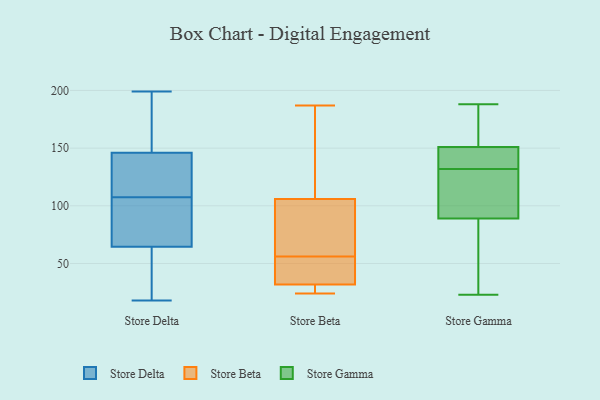
{"axis": {"x": "Headcount", "y": "Value"}, "legend": ["Store Beta", "Store Delta", "Store Gamma"], "data": [{"x": "", "y": 88, "type": "Store Delta"}, {"x": "", "y": 25, "type": "Store Delta"}, {"x": "", "y": 76, "type": "Store Delta"}, {"x": "", "y": 89, "type": "Store Delta"}, {"x": "", "y": 102, "type": "Store Delta"}, {"x": "", "y": 199, "type": "Store Delta"}, {"x": "", "y": 140, "type": "Store Delta"}, {"x": "", "y": 113, "type": "Store Delta"}, {"x": "", "y": 133, "type": "Store Delta"}, {"x": "", "y": 152, "type": "Store Delta"}, {"x": "", "y": 191, "type": "Store Delta"}, {"x": "", "y": 139, "type": "Store Delta"}, {"x": "", "y": 186, "type": "Store Delta"}, {"x": "", "y": 29, "type": "Store Delta"}, {"x": "", "y": 18, "type": "Store Delta"}, {"x": "", "y": 53, "type": "Store Delta"}, {"x": "", "y": 26, "type": "Store Beta"}, {"x": "", "y": 109, "type": "Store Beta"}, {"x": "", "y": 24, "type": "Store Beta"}, {"x": "", "y": 106, "type": "Store Beta"}, {"x": "", "y": 106, "type": "Store Beta"}, {"x": "", "y": 46, "type": "Store Beta"}, {"x": "", "y": 125, "type": "Store Beta"}, {"x": "", "y": 26, "type": "Store Beta"}, {"x": "", "y": 51, "type": "Store Beta"}, {"x": "", "y": 55, "type": "Store Beta"}, {"x": "", "y": 74, "type": "Store Beta"}, {"x": "", "y": 76, "type": "Store Beta"}, {"x": "", "y": 27, "type": "Store Beta"}, {"x": "", "y": 187, "type": "Store Beta"}, {"x": "", "y": 56, "type": "Store Beta"}, {"x": "", "y": 127, "type": "Store Gamma"}, {"x": "", "y": 151, "type": "Store Gamma"}, {"x": "", "y": 147, "type": "Store Gamma"}, {"x": "", "y": 141, "type": "Store Gamma"}, {"x": "", "y": 89, "type": "Store Gamma"}, {"x": "", "y": 122, "type": "Store Gamma"}, {"x": "", "y": 185, "type": "Store Gamma"}, {"x": "", "y": 23, "type": "Store Gamma"}, {"x": "", "y": 137, "type": "Store Gamma"}, {"x": "", "y": 106, "type": "Store Gamma"}, {"x": "", "y": 188, "type": "Store Gamma"}, {"x": "", "y": 59, "type": "Store Gamma"}, {"x": "", "y": 55, "type": "Store Gamma"}, {"x": "", "y": 145, "type": "Store Gamma"}, {"x": "", "y": 159, "type": "Store Gamma"}, {"x": "", "y": 70, "type": "Store Gamma"}, {"x": "", "y": 170, "type": "Store Gamma"}, {"x": "", "y": 115, "type": "Store Gamma"}]}